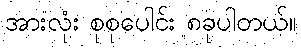
အားလုံး စုစုပေါင်း ၈ခုပါတယ်။